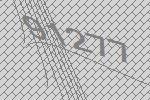
91277